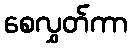
စေလွှတ်ကာ